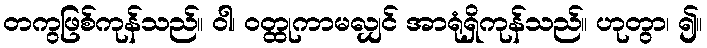
တကွဖြစ်ကုန်သည်။ ဝါ၊ ဝတ္ထုကာမလျှင် အာရုံရှိကုန်သည်။ ဟုတွာ၊ ၍။